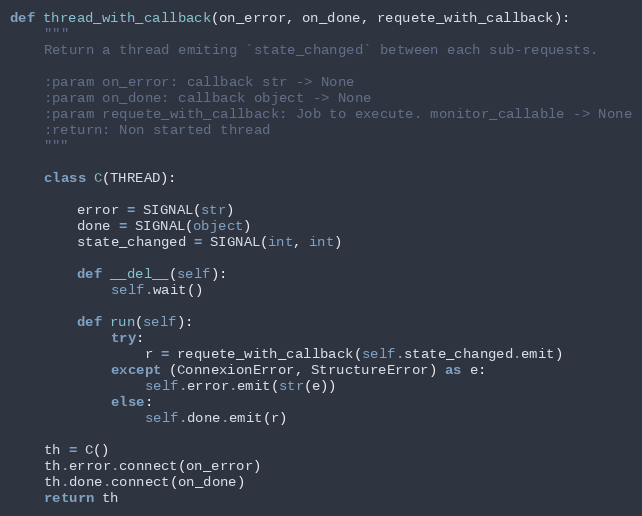
Language: Python
def thread_with_callback(on_error, on_done, requete_with_callback):
    """
    Return a thread emiting `state_changed` between each sub-requests.

    :param on_error: callback str -> None
    :param on_done: callback object -> None
    :param requete_with_callback: Job to execute. monitor_callable -> None
    :return: Non started thread
    """

    class C(THREAD):

        error = SIGNAL(str)
        done = SIGNAL(object)
        state_changed = SIGNAL(int, int)

        def __del__(self):
            self.wait()

        def run(self):
            try:
                r = requete_with_callback(self.state_changed.emit)
            except (ConnexionError, StructureError) as e:
                self.error.emit(str(e))
            else:
                self.done.emit(r)

    th = C()
    th.error.connect(on_error)
    th.done.connect(on_done)
    return th